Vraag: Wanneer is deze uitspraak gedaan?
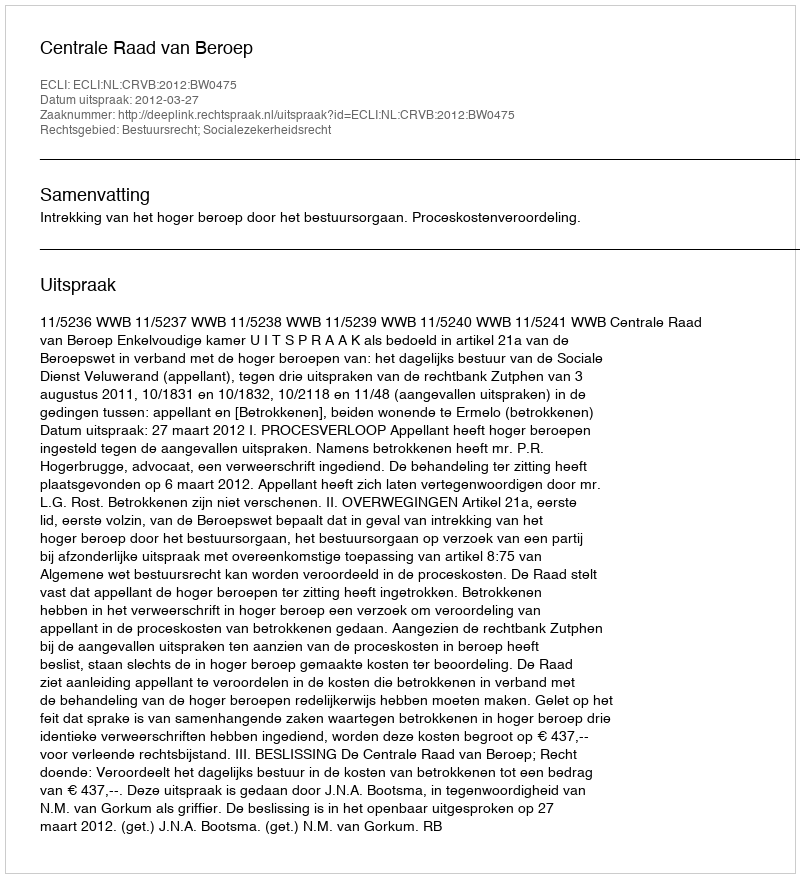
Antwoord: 2012-03-27